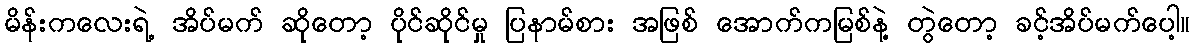
မိန်းကလေးရဲ့ အိပ်မက် ဆိုတော့ ပိုင်ဆိုင်မှု ပြနာမ်စား အဖြစ် အောက်ကမြစ်နဲ့ တွဲတော့ ခင့်အိပ်မက်ပေါ့။